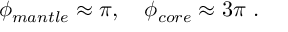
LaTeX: \phi _ { m a n t l e } \approx \pi , ~ ~ ~ \phi _ { c o r e } \approx 3 \pi ~ .